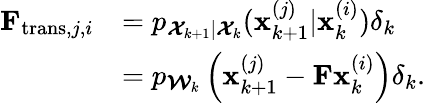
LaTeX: \begin{array}{rl}{\mathbf F_{\mathrm{trans},j,i}}&{=p_{\mathbfcal{X}_{k+1}|\mathbfcal{X}_{k}}(\mathbf x_{k+1}^{(j)}|\mathbf x_{k}^{(i)})\delta_{k}}\\ &{=p_{\mathbfcal{W}_{k}}\left(\mathbf x_{k+1}^{(j)}-\mathbf F\mathbf x_{k}^{(i)}\right)\delta_{k}.}\end{array}